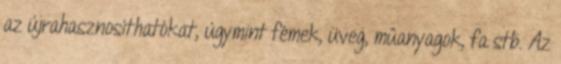
az újrahasznosíthatókat, úgymint fémek, üveg, műanyagok, fa stb. Az